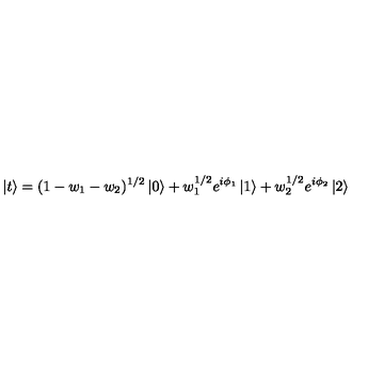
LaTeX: \left| t \right> = ( 1 - w _ { 1 } - w _ { 2 } ) ^ { 1 / 2 } \left| 0 \right> + w _ { 1 } ^ { 1 / 2 } e ^ { i \phi _ { 1 } } \left| 1 \right> + w _ { 2 } ^ { 1 / 2 } e ^ { i \phi _ { 2 } } \left| 2 \right>